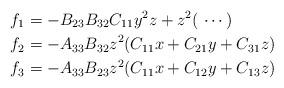
LaTeX: \begin{align*} f_1 &= -B_{23} B_{32} C_{11} y^2 z + z^2( \,\, \cdots ) \\ f_2 &= -A_{33} B_{32} z^2 ( C_{11} x + C_{21} y + C_{31}z) \\ f_3 &= -A_{33} B_{23} z^2 ( C_{11} x + C_{12} y + C_{13}z)\end{align*}